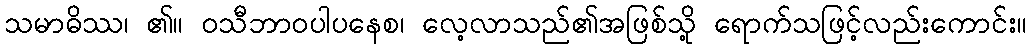
သမာဓိဿ၊ ၏။ ဝသီဘာဝပါပနေစ၊ လေ့လာသည်၏အဖြစ်သို့ ရောက်သဖြင့်လည်းကောင်း။